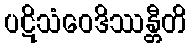
ပဋိသံဝေဒိဿန္တီတိ